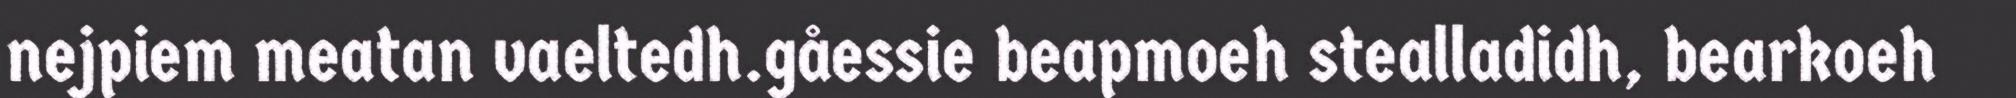
nejpiem meatan vaeltedh.gåessie beapmoeh stealladidh, bearkoeh